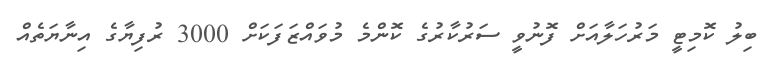
ބިލު ކޮމިޓީ މަރުހަލާއަށް ފޮނުވީ ސަރުކާރުގެ ކޮންމެ މުވައްޒަފަކަށް 3000 ރުފިޔާގެ އިނާޔަތެއް